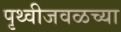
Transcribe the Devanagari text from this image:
पृथ्वीजवळच्या